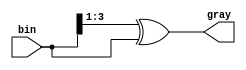
module bin_to_gray #(
	parameter SIZE = 4
	)(
	input wire [SIZE-1 : 0] bin ,

	output wire [SIZE-1 : 0] gray
);

	assign gray = (bin >> 1) ^ bin ;

endmodule